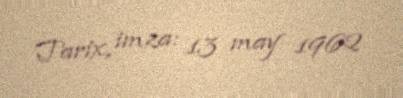
Tarix, imza: 13 may 1962